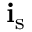
\mathbf { i } _ { \mathrm { s } }